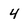
Character: 4